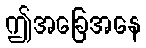
ဤအခြေအနေ